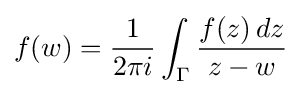
f(w)={1 \over 2\pi i}\int _{\Gamma }{f(z)\,dz \over z-w}